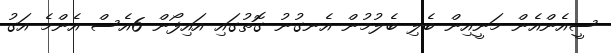
ސީއެންއެން މަނީއިން ބެލި ބެލުމުން އެނގުނު ގޮތުގައި އައިފޯން 6އެސް އެންމެ އަގު